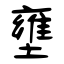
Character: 壅